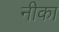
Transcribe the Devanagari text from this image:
नीका